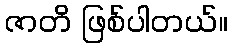
ဇာတိ ဖြစ်ပါတယ်။